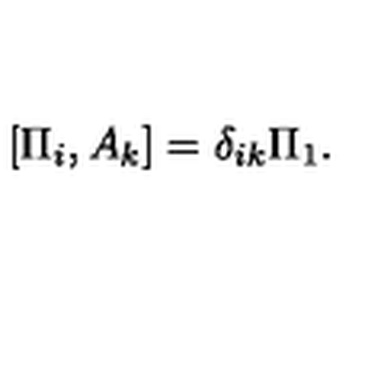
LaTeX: [ \Pi _ { i } , A _ { k } ] = \delta _ { i k } \Pi _ { 1 } .